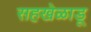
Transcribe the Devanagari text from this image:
सहखेळाडू